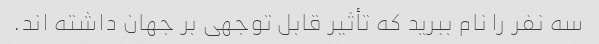
سه نفر را نام ببرید که تأثیر قابل توجهی بر جهان داشته اند.